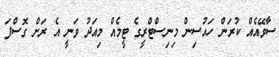
ސާވޭއެއް ކުރަން ހައުސިން މިނިސްޓްރީގެ ޓީމެއް މިއަދު ވަނީ އެ ރަށް ގޮސްފަ